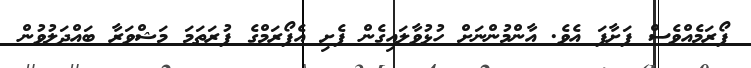
ފޯރަމެއްވެސް ފަށާފަ އެވެ. އާންމުންނަށް ހުޅުވާލައިގެން ފެށި އެފޯރަމްގެ ފުރަތަމަ މަޝްވަރާ ބައްދަލުވުން